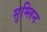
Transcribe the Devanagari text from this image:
सुम्लिन